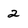
Character: 2